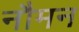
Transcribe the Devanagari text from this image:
नौमन